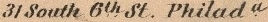
31 South 6th St. Philad a